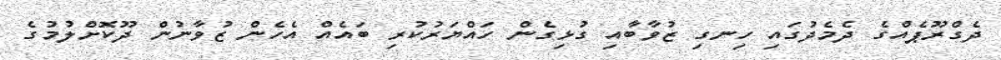
ދެގްރޫޕެއްގެ ދެމެދުގައި ހިނގި ޒުވާބާއި ގުޅިގެން ހައްޔަރުކުރި ބައެއް އެހެން ޒުވާނުން ދޫކޮށްލުމުގެ